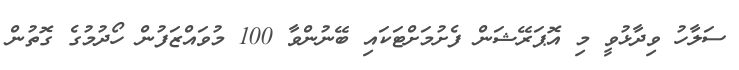
ސަލާހު ވިދާޅުވީ މި އޮޕަރޭޝަން ފެށުމަށްޓަކައި ބޭނުންވާ 100 މުވައްޒަފުން ހޯދުމުގެ ގޮތުން